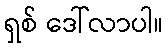
ရှစ် ဒေါ်လာပါ။